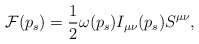
\begin{align*}{\cal F}(p_s) = \frac{1}{2} \omega(p_s) I_{\mu \nu}(p_s) S^{\mu \nu},\end{align*}